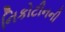
નિકોટીનની